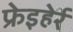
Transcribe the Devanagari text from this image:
फ्रेइहेर्र